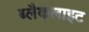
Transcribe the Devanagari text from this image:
ब्लैकलाइट